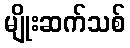
မျိုးဆက်သစ်